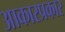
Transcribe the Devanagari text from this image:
आकारप्रकार